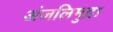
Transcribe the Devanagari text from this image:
अंजलिमुद्रा